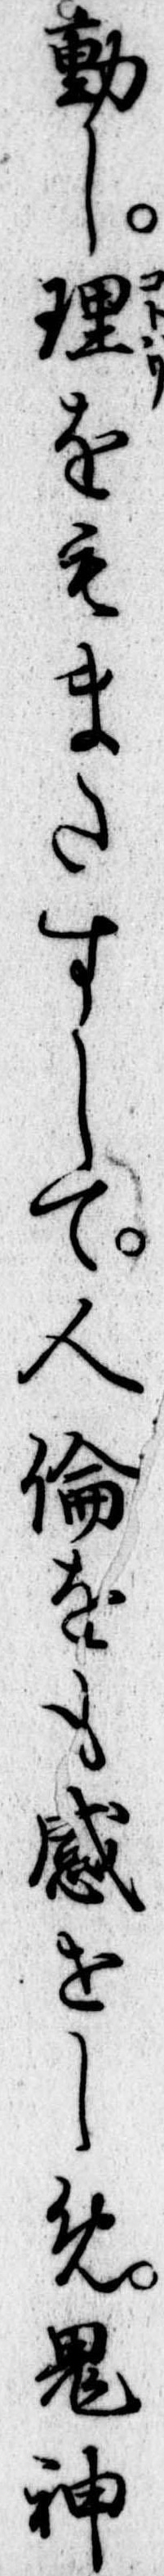
動し理をもまたすして人倫をも感せしめ鬼神